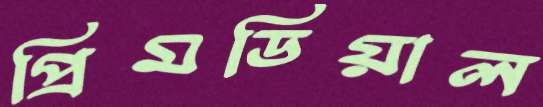
প্রিমডিয়াল